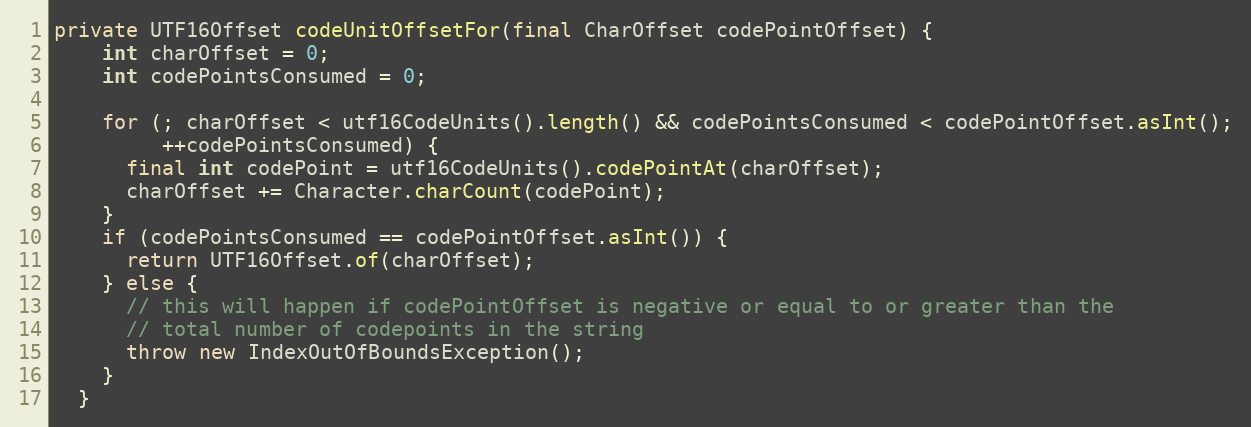
Language: Java
private UTF16Offset codeUnitOffsetFor(final CharOffset codePointOffset) {
    int charOffset = 0;
    int codePointsConsumed = 0;

    for (; charOffset < utf16CodeUnits().length() && codePointsConsumed < codePointOffset.asInt();
         ++codePointsConsumed) {
      final int codePoint = utf16CodeUnits().codePointAt(charOffset);
      charOffset += Character.charCount(codePoint);
    }
    if (codePointsConsumed == codePointOffset.asInt()) {
      return UTF16Offset.of(charOffset);
    } else {
      // this will happen if codePointOffset is negative or equal to or greater than the
      // total number of codepoints in the string
      throw new IndexOutOfBoundsException();
    }
  }